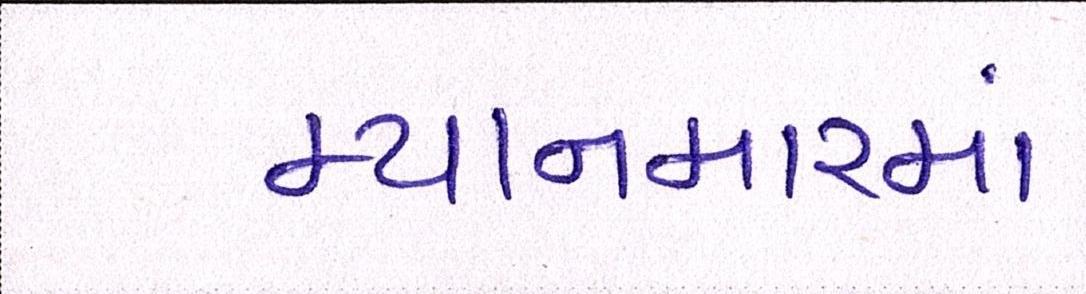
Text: મ્યાનમારમાં